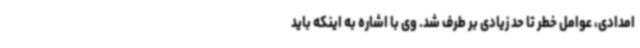
امدادی، عوامل خطر تا حد زیادی بر طرف شد. وی با اشاره به اینکه باید